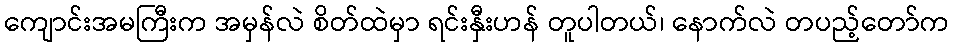
ကျောင်းအမကြီးက အမှန်လဲ စိတ်ထဲမှာ ရင်းနှီးဟန် တူပါတယ်၊ နောက်လဲ တပည့်တော်က